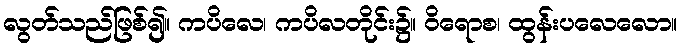
လွတ်သည်ဖြစ်၍။ ကပိလေ၊ ကပိလတိုင်း၌။ ဝိရောစ၊ ထွန်းပလေလော။